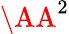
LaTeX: \AA^{2}